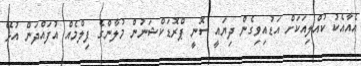
އެއާއެކު ކުއްލިއަކަށް އަޑުއިވިގެން ދިޔައީ ސޮނީ ޕްރޮޑަކްޝަނުން މުލާންގެ ފިލްމެއް އުފައްދަން އުޅޭ